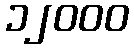
၁၂၀၀၀